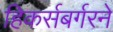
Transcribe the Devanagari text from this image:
हिकर्सबर्गरने